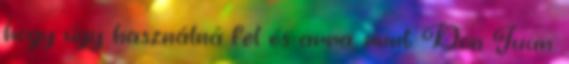
hogy úgy használná fel és arra, mint Don Juan.